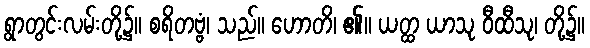
ရွာတွင်းလမ်းတို့၌။ စရိတဗ္ဗံ၊ သည်။ ဟောတိ၊ ၏။ ယတ္ထ ယာသု ဝီထီသု၊ တို့၌။